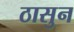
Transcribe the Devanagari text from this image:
ठासुन